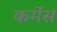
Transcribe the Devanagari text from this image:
कर्मेस